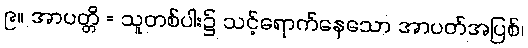
၉။ အာပတ္တိ = သူတစ်ပါး၌ သင့်ရောက်နေသော အာပတ်အပြစ်၊